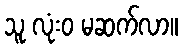
သူ လုံးဝ မဆက်လာ။